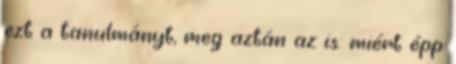
ezt a tanulmányt, meg aztán az is: miért épp